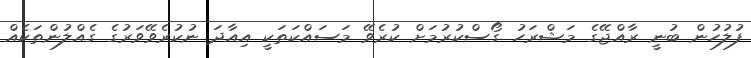
ފުލުހުން ބުނީ ރާއްޖޭގެ މަޝްރަހު ގޯސްކުރުމަށް ކުރެވޭ މަސައްކަތަކީ އިއާދަ ނުކުރެވޭވަރުގެ ގެއްލުންތަކެއް